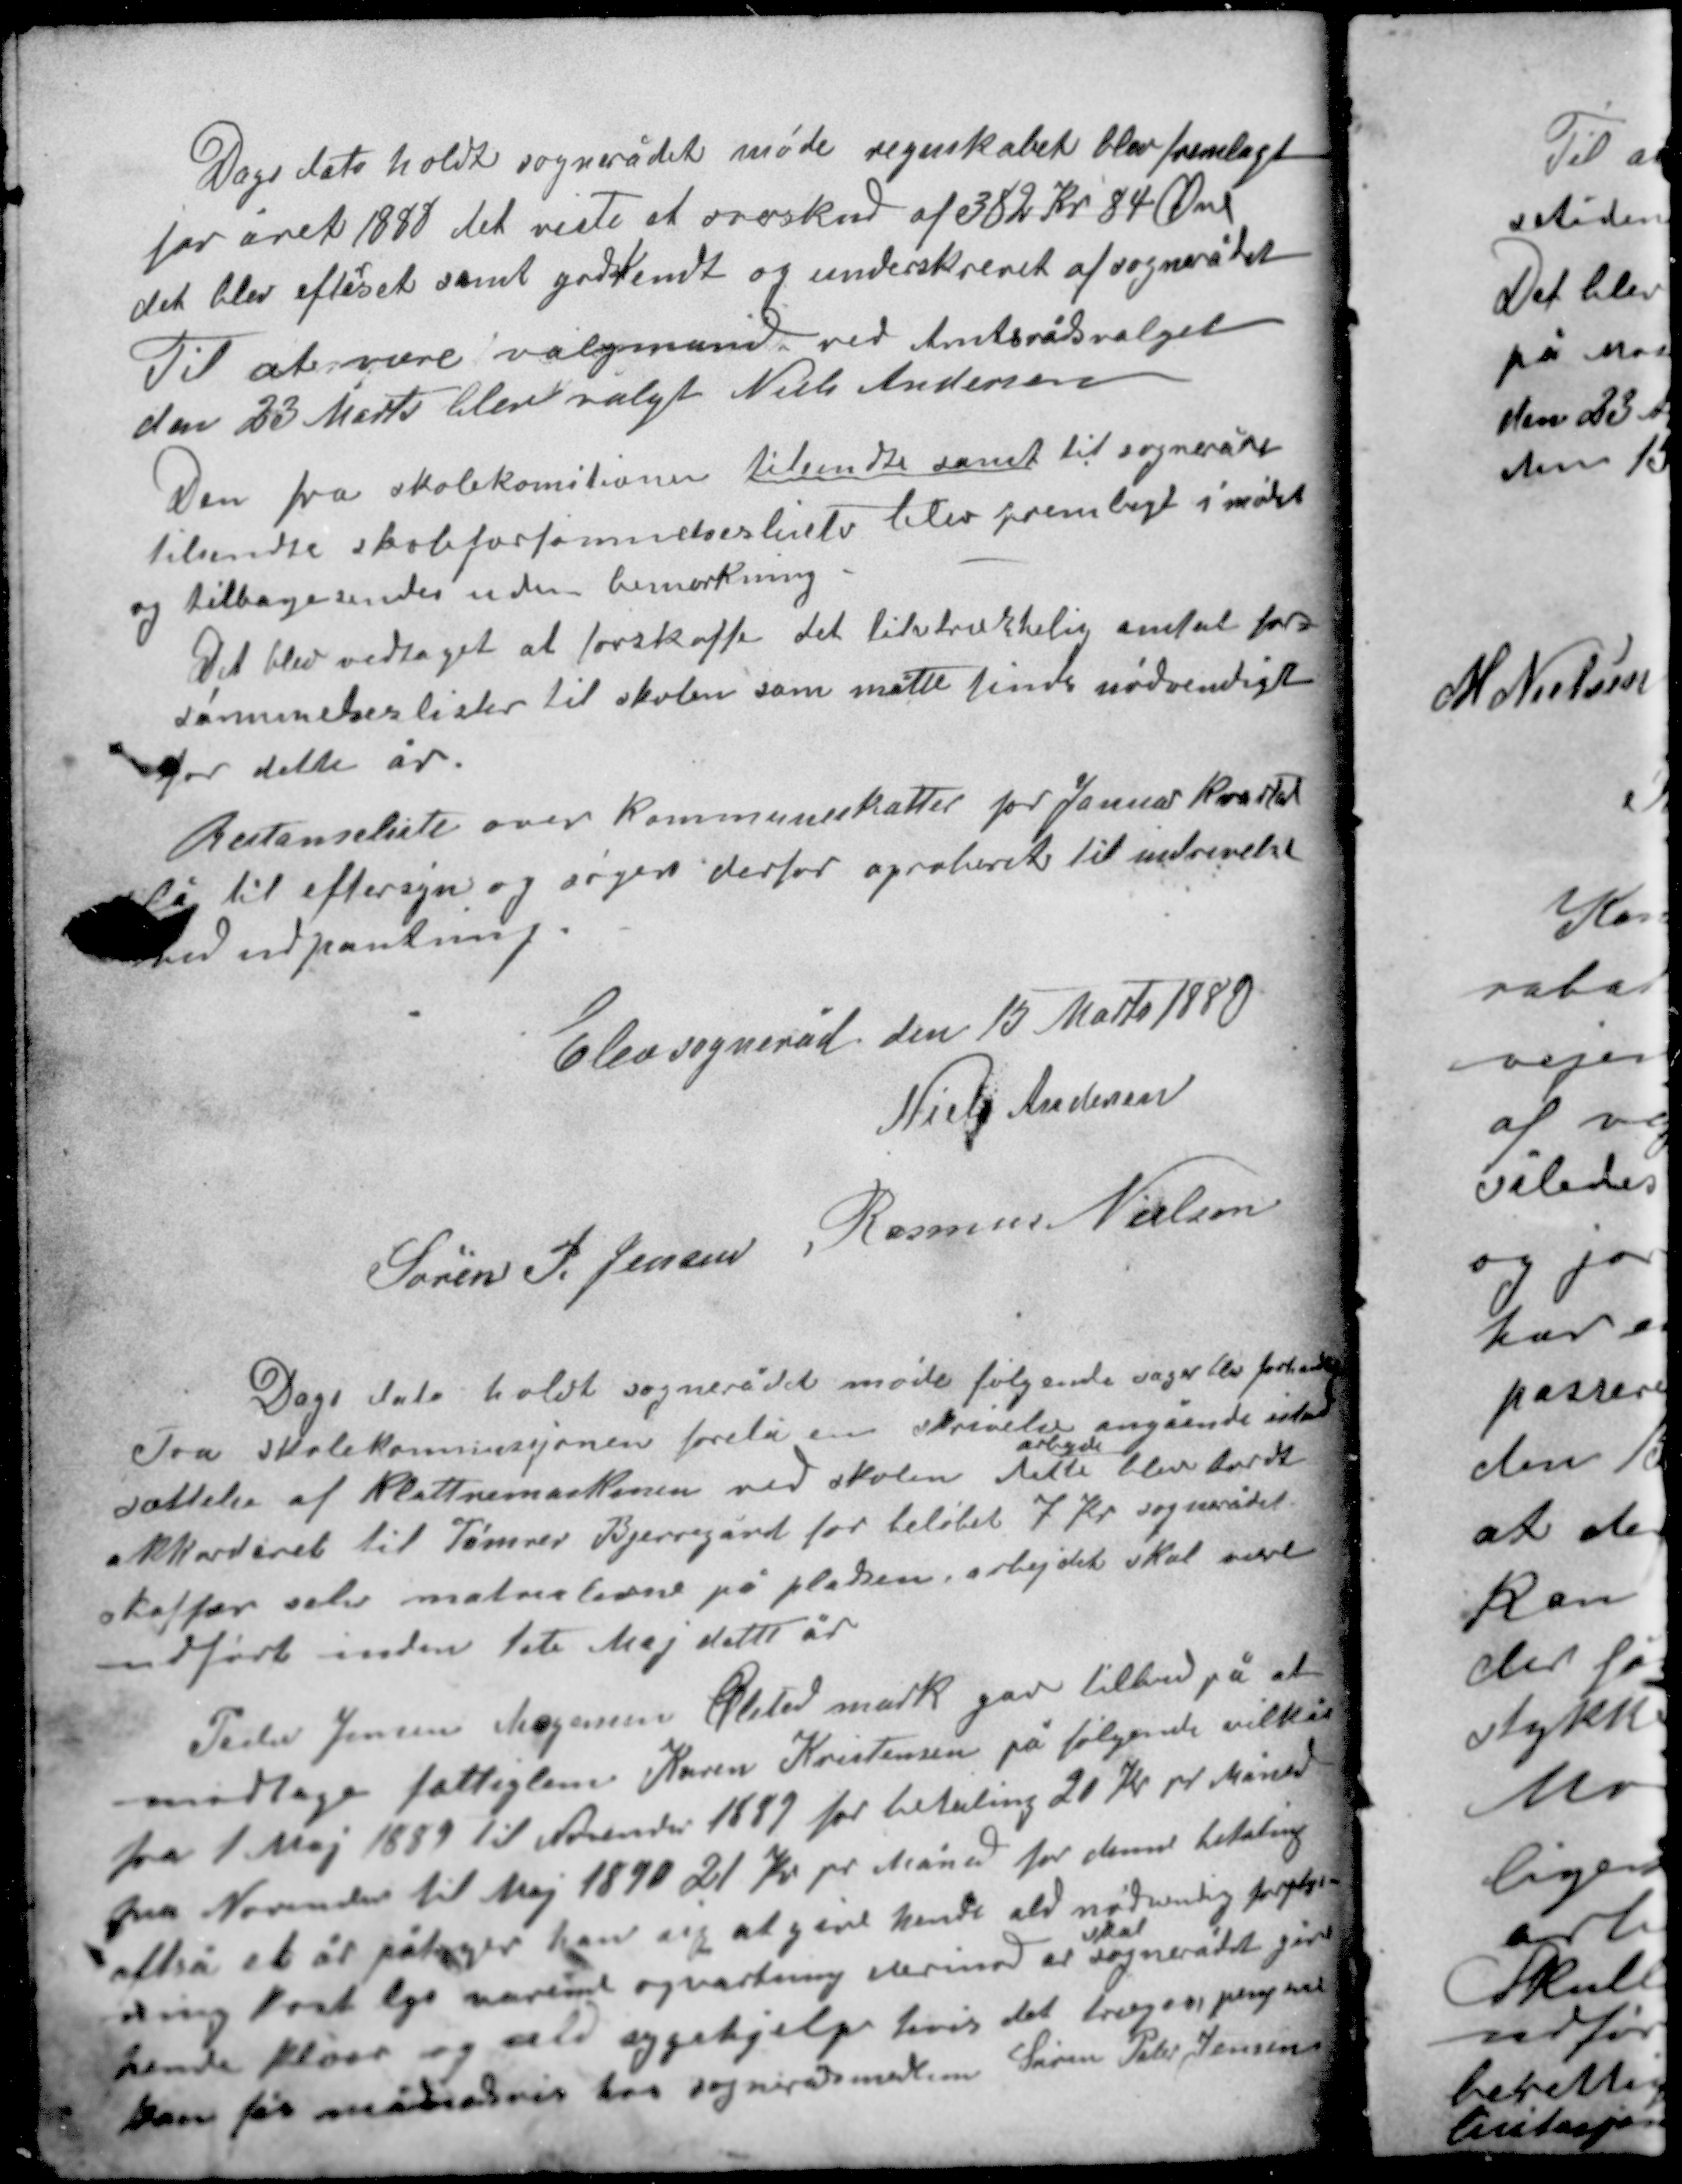
Transskription:
Dags dato holdt sognerådet møde regnskabet blev fremlagt
for året 1888 det viste et overskud af 382 Kr 84 Øre
det blev efterset samt godkendt og underskrevet af sognerådet
Til at være valgmand ved Amtsrådsvalget
den 23 Marts blev valgt Niels Andersen

Den fra skolekomitionen tilsendte samt til sognerådet
tilsendte skoleforsømmelsesliste blev fremlagt i mødet
og tilbagesendes uden bemærkning.
Det blev overdraget at forskaffe det tilstrækkelige antal for-
sømmelseslister til skolen som måtte finde nødvendigt
for dette år.
Restanceliste over kommuneskatter for Januar kvartal
lå til eftersyn og søges derfor aproberet til indrivelse
ved udpantning.

Elev sogneråd den 15 Marts 1889
Niels Andersen
Søren P. Jensen Rasmus Nielsen

Dags dato holdt sognerådet møde følgende sager blev forhandlet
Fra skolekomisjonen forelå en skrivelse angående istand-
arbejde
sættelse af klattremaskinen ved skolen dette blev lovet
akkorderet til Tømrer Bjerregård for beløbet 7 Kr sognerådet
skaffer selv matrialerne på pladen, arbejdet skal være
udført inden 1ste Maj dette år

Peder Jensen Mogensen Elsted mark gav tilbud på at
modtage fattiglem Karen Kristensen på følgende vilkår
fra 1 Maj 1889 til November 1889 for betaling 20 Kr pr Måned
fra November til Maj 1890 21 Kr pr Måned for denne betaling
altså et år påtager han sig at give hende alt nødvendig forplej-
skal
ning kost lys nærende opvartning derimod at sognerådet give
hende klæer og alt sygehjælp hvis det trænges pengene
kan fås månedsvis hos sognerådsmedlem Søren Peter Jensen